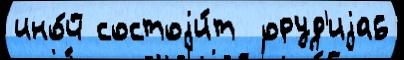
ино́й состоjи́т  оруд'иjа6